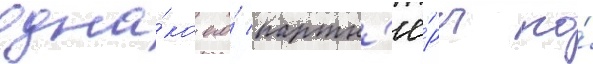
одна́ко его́ партн'ё́ры по́